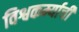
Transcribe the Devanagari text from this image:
विश्वकर्म्याची